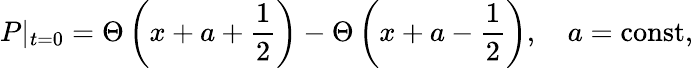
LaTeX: P|_{t=0}=\Theta\left(x+a+\frac 12\right)-\Theta\left(x+a-\frac 12\right),\quad a=\mathrm{const,}